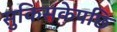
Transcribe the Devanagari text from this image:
सुकिसकेपछि